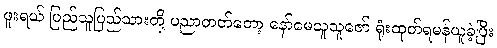
ဖူးရယ် ပြည်သူပြည်သားတို့ ပညာတတ်တော့ နော်မေသူသူဇော် ရုံးထုတ်ရမန်ယူခဲ့ပြီး